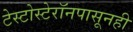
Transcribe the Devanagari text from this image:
टेस्टोस्टेरॉनपासूनही